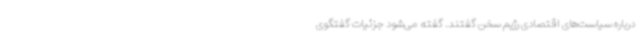
درباره سیاست‌های اقتصادی رژیم سخن گفتند. گفته می‌شود جزئیات گفتگوی